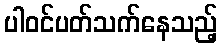
ပါဝင်ပတ်သက်နေသည့်